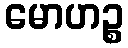
မောဟဉ္စ